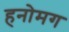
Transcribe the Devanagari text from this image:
हनोमग